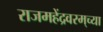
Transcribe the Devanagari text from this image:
राजमहेंद्रवरम्‌च्या